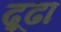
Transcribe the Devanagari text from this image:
ढ़ूढा